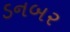
ડનબર